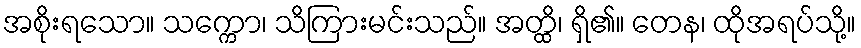
အစိုးရသော။ သက္ကော၊ သိကြားမင်းသည်။ အတ္ထိ၊ ရှိ၏။ တေန၊ ထိုအရပ်သို့။